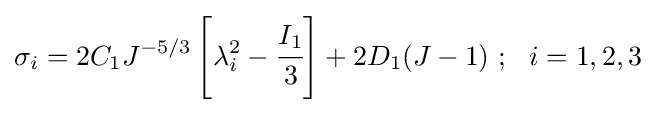
\sigma _{i}=2C_{1}J^{-5/3}\left[\lambda _{i}^{2}-{\cfrac {I_{1}}{3}}\right]+2D_{1}(J-1)~;~~i=1,2,3